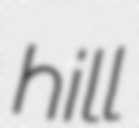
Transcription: hill